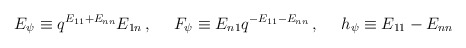
\begin{align*}E_\psi\equiv q^{E_{11}+E_{nn}}E_{1n}\,,~~~~F_\psi\equiv E_{n1}q^{-E_{11}-E_{nn}}\,,~~~~h_\psi\equiv E_{11}-E_{nn}\end{align*}